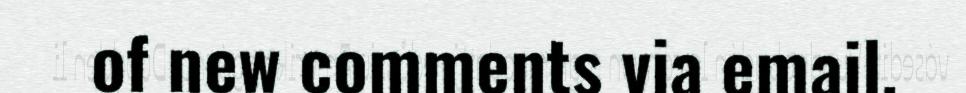
of new comments via email.